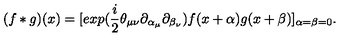
( f * g ) ( x ) = [ e x p ( \frac { i } { 2 } \theta _ { \mu \nu } \partial _ { \alpha _ { \mu } } \partial _ { \beta _ { \nu } } ) f ( x + \alpha ) g ( x + \beta ) ] _ { \alpha = \beta = 0 } .